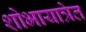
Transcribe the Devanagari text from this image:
शोभायात्रेत